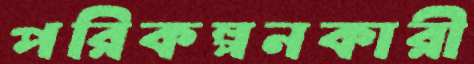
পরিকল্পনকারী